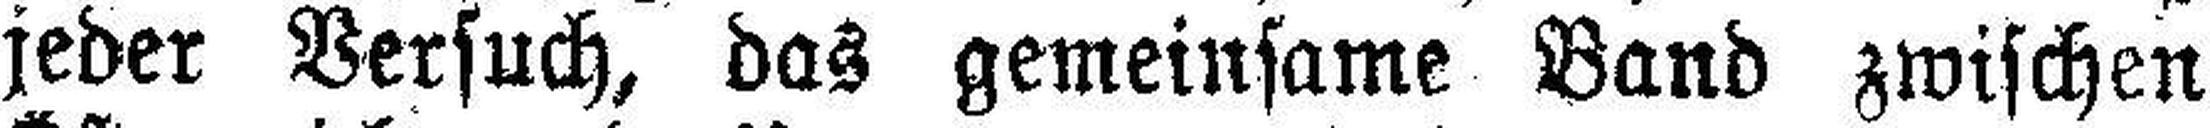
jeder Versuch, das gemeinsame Band zwischen